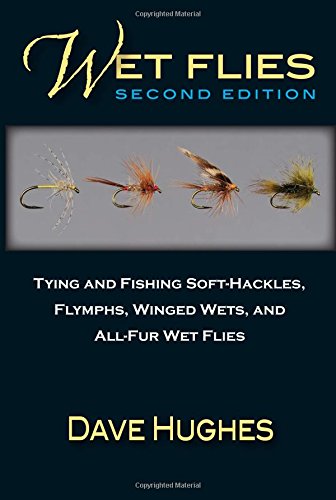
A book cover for Wet Flies: 2nd Edition: Tying and Fishing Soft-Hackles, Flymphs, Winged Wets, and All-Fur Wets; Dave Hughes; Sports & Outdoors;